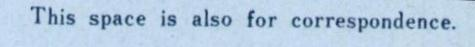
This space is also for correspondence.